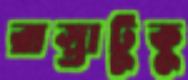
রাস্তাটুকু